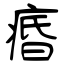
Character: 痻